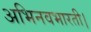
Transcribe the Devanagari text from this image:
अभिनवभारती।